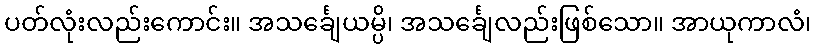
ပတ်လုံးလည်းကောင်း။ အသင်္ချေယမ္ပိ၊ အသင်္ချေလည်းဖြစ်သော။ အာယုကာလံ၊